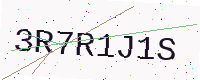
Text: 3R7R1J1S